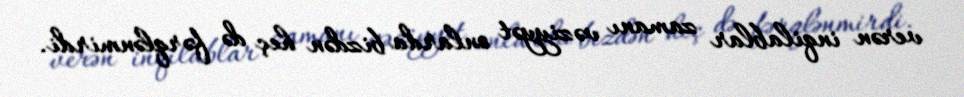
verən inqilablar zamanı vəziyyət onlarda bizdən heç də fərqlənmirdi.